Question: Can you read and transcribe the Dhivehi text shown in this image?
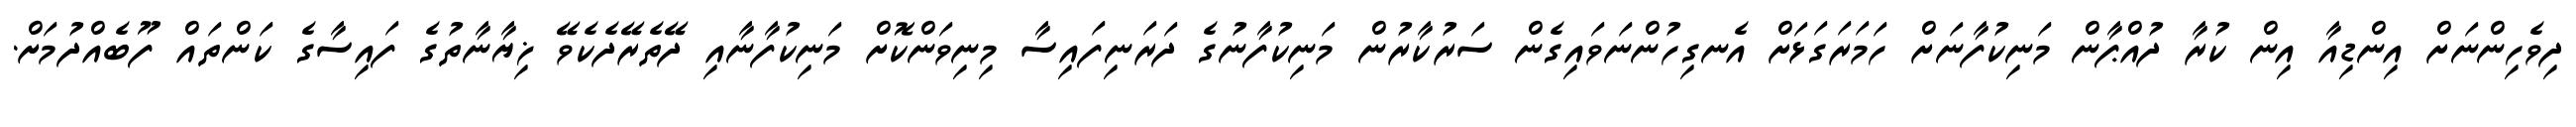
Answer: ދިވެހިންނަށް އިންޑިއާ އިން ކުރާ ދުއްޕާން މަނިކުފާނަށް ހަމަރަގަޅަށް އެނގިހުންނަވައިގެން ސަރުކާރުން މަނިކުފާނުގެ ދަރަނިފައިސާ މިނިވަންކޮށް މަނިކުފާނާއި ދޭތެރޭދެކެވޭ ޚިޔާނާތުގެ ފައިސާގެ ކަންތައް ފޫބެއްދުމަށް.